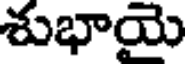
శుభాయై